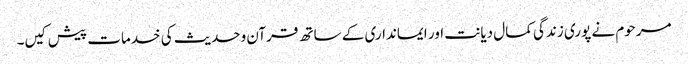
مرحوم نے پوری زندگی کمال دیانت اور ایمانداری کے ساتھ قرآن وحدیث کی خدمات پیش کیں۔